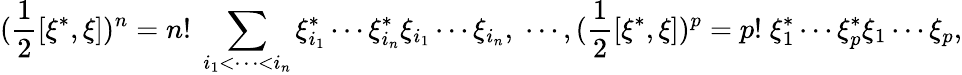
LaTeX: (\frac 12[\xi^{*},\xi])^{n}=n!\; \sum_{i_{1}<\cdots<i_{n}}\xi_{i_{1}}^{*}\cdots\xi_{i_{n}}^{*}\xi_{i_{1}}\cdots\xi_{i_{n}},\; \cdots,(\frac 12[\xi^{*},\xi])^{p}=p!\; \xi_{1}^{*}\cdots\xi_{p}^{*}\xi_{1}\cdots\xi_{p},